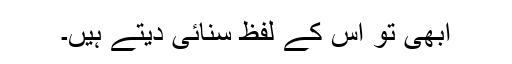
ابھی تو اُس کے لفظ سنائی دیتے ہیں۔